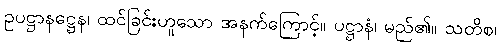
ဥပဋ္ဌာနဋ္ဌေန၊ ထင်ခြင်းဟူသော အနက်ကြောင့်။ ပဋ္ဌာနံ၊ မည်၏။ သတိစ၊